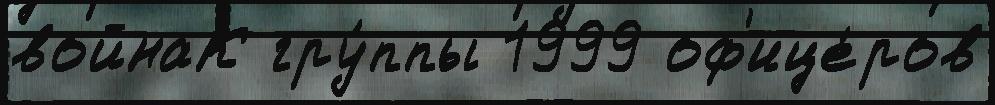
войнаК гру́ппы 1999 оф'ице́ров